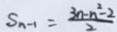
S _ { n - 1 } = \frac { 3 n - n ^ { 2 } - 2 } { 2 }